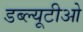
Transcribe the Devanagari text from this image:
डब्‍ल्‍यूटीओ